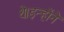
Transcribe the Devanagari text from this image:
थे।इन्होंने